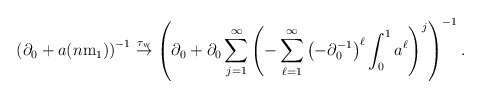
\begin{align*}\left(\partial_{0}+a(n\mathrm{m}_1)\right)^{-1}\stackrel{\tau_{\textnormal{w}}}{\to}\left(\partial_{0}+\partial_{0}\sum_{j=1}^{\infty}\left(-\sum_{\ell=1}^{\infty}\left(-\partial_{0}^{-1}\right)^{\ell}\int_{0}^{1}a^{\ell}\right)^{j}\right)^{-1}.\end{align*}